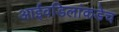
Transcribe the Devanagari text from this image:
आईवडिलांकडेच